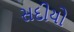
સદીયો